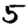
Digit: 5